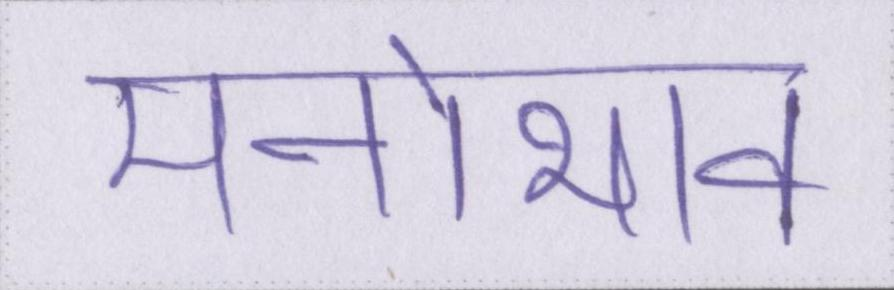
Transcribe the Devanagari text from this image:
मनोभाव